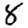
Digit: 8